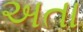
અતા